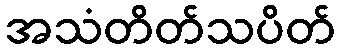
အသံတိတ်သပိတ်